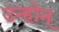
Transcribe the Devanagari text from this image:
उन्होन्